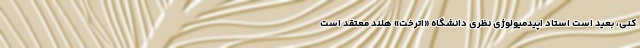
کنی، بعید است استاد اپیدمیولوژی نظری دانشگاه «اترخت» هلند معتقد است